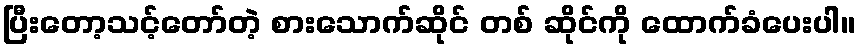
ပြီးတော့သင့်တော်တဲ့ စားသောက်ဆိုင် တစ် ဆိုင်ကို ထောက်ခံပေးပါ။